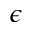
\epsilon